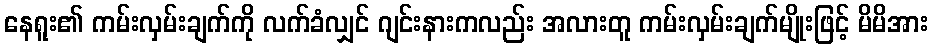
နေရူး၏ ကမ်းလှမ်းချက်ကို လက်ခံလျှင် ဂျင်းနားကလည်း အလားတူ ကမ်းလှမ်းချက်မျိုးဖြင့် မိမိအား